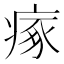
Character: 瘃